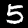
Label: 5